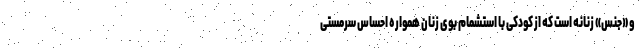
و «جنس» زنانه است که از کودکی با استشمام بوی زنان همواره احساس سرمستی